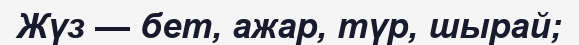
Жүз — бет, ажар, түр, шырай;